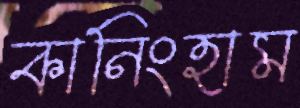
কানিংহাম